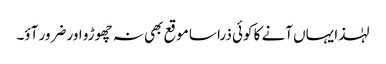
لہٰذا یہاں آنے کا کوئی ذرا سا موقع بھی نہ چھوڑو اور ضرور آؤ۔